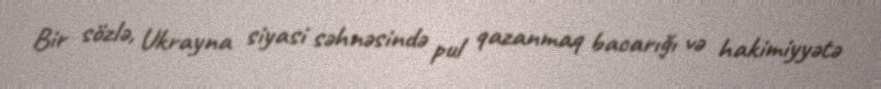
Bir sözlə, Ukrayna siyasi səhnəsində pul qazanmaq bacarığı və hakimiyyətə